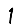
Digit: 1